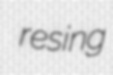
resing